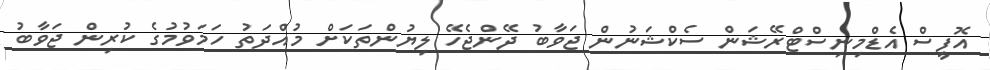
އޮފީސް އެޑްމިނިސްޓްރޭޝަން ސެކްޝަނުން ޖަވާބު ދޭންޖެހޭ ލިޔުންތަކަށް މުއްދަތު ހަމަވުމުގެ ކުރިން ޖަވާބު